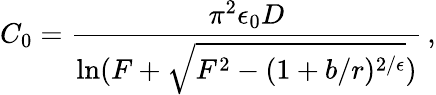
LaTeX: C_{0}=\frac{\pi^{2}\epsilon_{0}D}{\ln(F+\sqrt{F^{2}-(1+b/r)^{2/\epsilon}})}\, ,